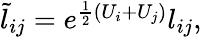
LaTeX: \begin{array}{r}{\tilde{l}_{ij}=e^{\frac{1}{2}(U_{i}+U_{j})}l_{ij},}\end{array}